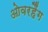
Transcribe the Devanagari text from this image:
ओवरहैंग